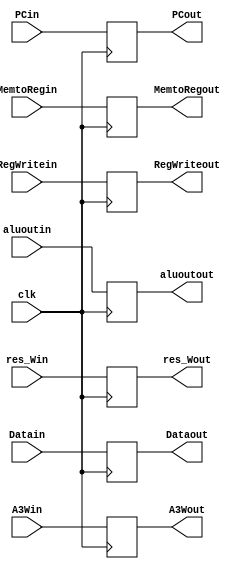
`timescale 1ns / 1ps
//Pipeline register
module regW(clk,res_Win,A3Win,aluoutin,Datain,MemtoRegin,RegWritein,res_Wout,A3Wout,aluoutout,Dataout,MemtoRegout,RegWriteout,PCin,PCout);

input clk;

input[31:0] aluoutin,Datain,PCin;
input[1:0] res_Win;
input[4:0] A3Win;
input MemtoRegin,RegWritein;

output[31:0] aluoutout,Dataout,PCout;
output[1:0] res_Wout;
output[4:0] A3Wout;
output MemtoRegout,RegWriteout;

reg[31:0] aluoutout=0,Dataout=0,PCout=0;
reg[1:0] res_Wout=0;
reg[4:0] A3Wout=0;
reg MemtoRegout=0,RegWriteout=0;

always @ (posedge clk)
begin
   aluoutout<=aluoutin;
	Dataout<=Datain;
	res_Wout<=res_Win;
	A3Wout<=A3Win;
	MemtoRegout<=MemtoRegin;
	RegWriteout<=RegWritein;
	PCout<=PCin;
end

endmodule